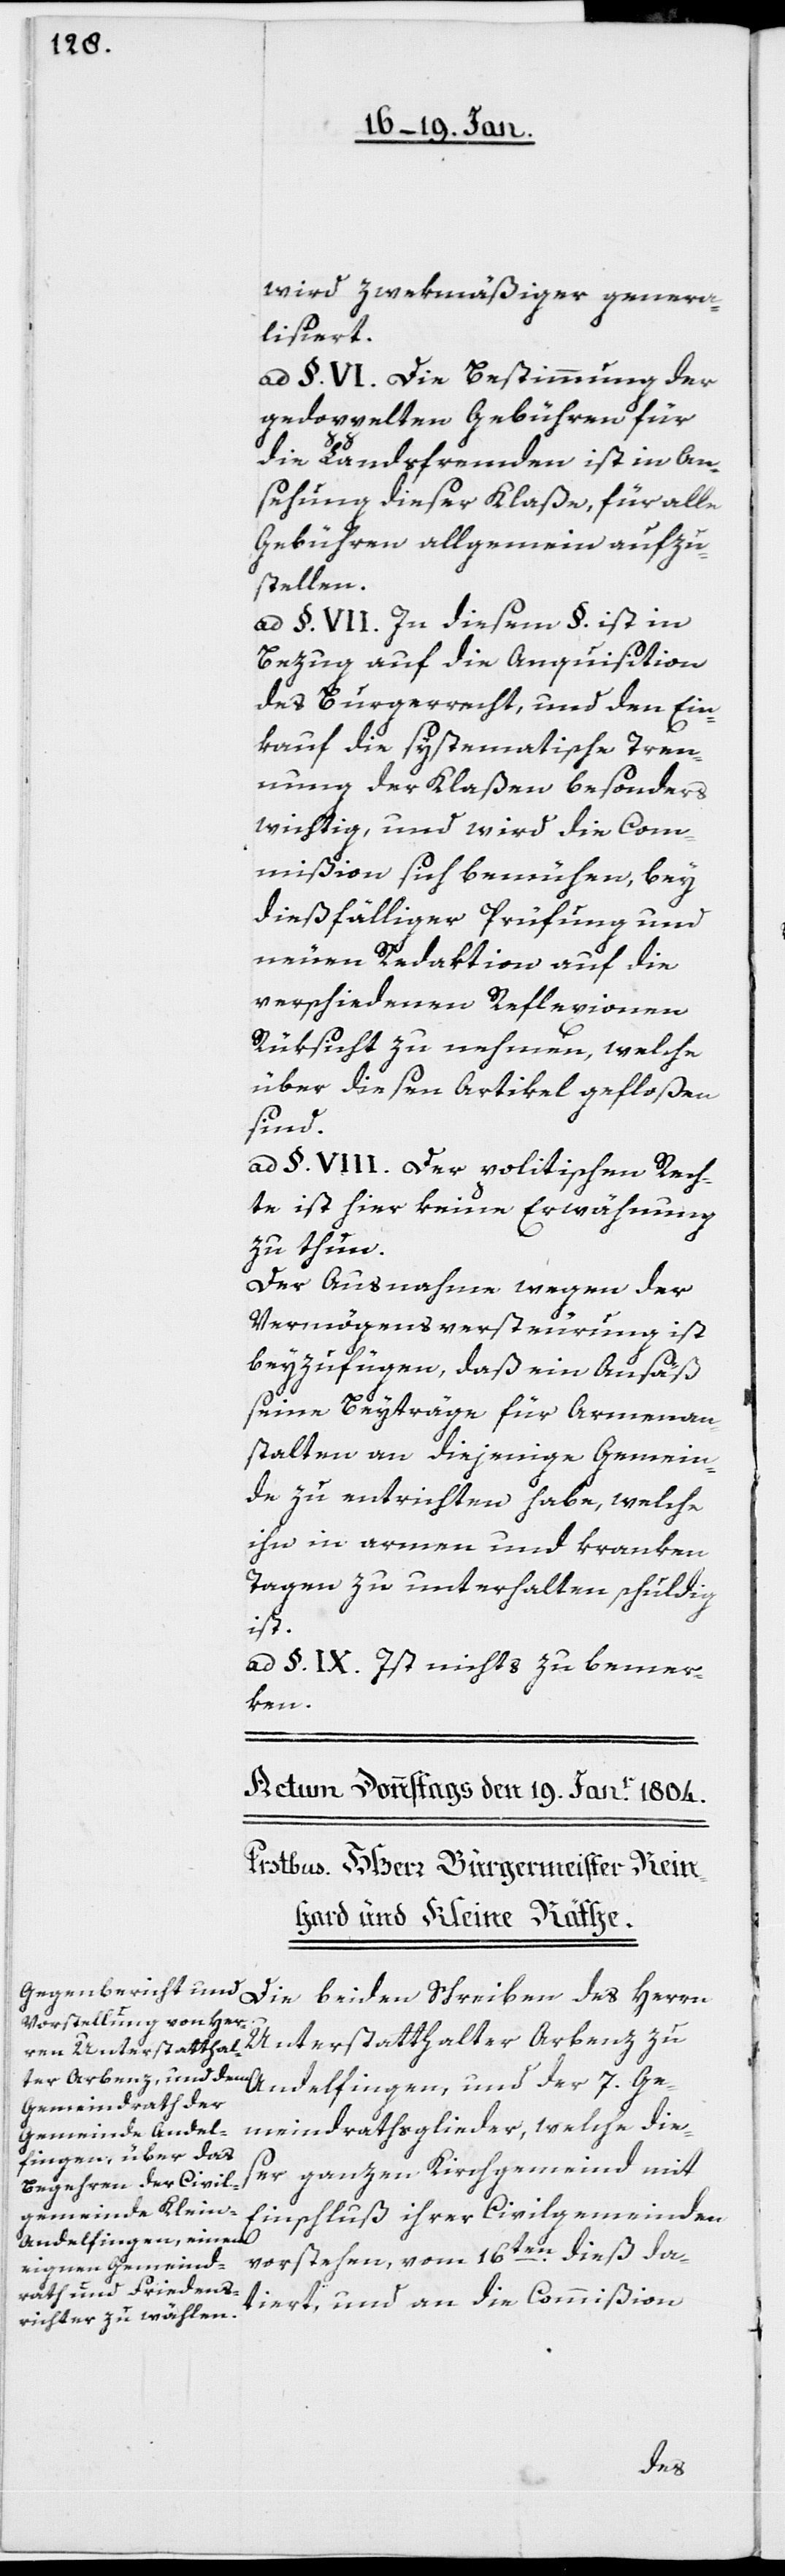
wird zwekmäßiger genera¬
lisiert.
ad §. VI.) Die Bestimmung der
gedoppelten Gebühren für
die Landsfremden ist in An¬
sehung dieser Klaße, für alle
Gebühren allgemein aufzu¬
stellen.
ad §. VII. In diesem §. ist in
Bezug auf die Anquisition
des Burgerrecht, und den Ein¬
kauf die systematische Tren¬
nung der Klaßen besonders
wichtig, und wird die Com¬
mißion sich bemühen, bey
dießfälliger Prüfung und
neuen Redaktion auf die
verschiedenen Reflexionen
Rücksicht zu nehmen, welche
über diesen Artikel gefloßen
sind.
ad §. VIII. Der politischen Rech¬
te ist hier keine Erwähnung
zu thun.
Der Ausnahme wegen der
Vermögensversteurung ist
beyzufügen, daß ein Ansäß
seine Beyträge für Armenan¬
stalten an diejenige Gemein¬
de zu entrichten habe, welche
ihn in armen und kranken
Tagen zu unterhalten schuldig
ist.
ad §. IX. Ist nichts zu bemer¬
ken.
Arbenz zu Andelfingen, und der 7. Ge¬
meindrathsglieder, welche die¬
ser ganzen Kirchgemeind mit
Einschluß ihrer Civilgemeinden
vorstehen, vom 16ten. dieß da¬
tiert, und an die Commißion
des